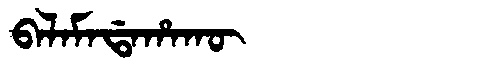
Manchu: ᠪᠠᠯᠠᠮᠠᡩᠠᡥᠠᡴᡡ
Romanization: BALAMADAHAKŪ